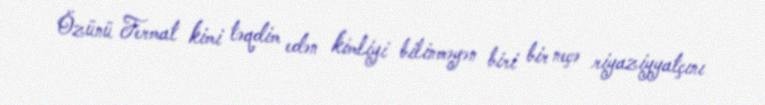
Özünü Fermat kimi təqdim edən kimliyi bilinməyən biri bir neçə riyaziyyatçını